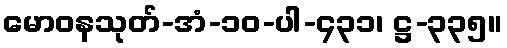
မောဝနသုတ်-အံ-၁၀-ပါ-၄၃၁၊ ဋ္ဌ-၃၃၅။